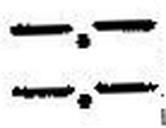
—.—